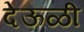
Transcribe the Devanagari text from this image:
देऊळी